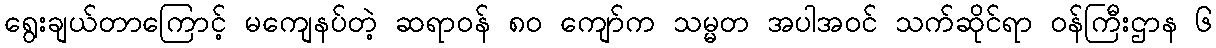
ရွေးချယ်တာကြောင့် မကျေနပ်တဲ့ ဆရာဝန် ၈၀ ကျော်က သမ္မတ အပါအဝင် သက်ဆိုင်ရာ ဝန်ကြီးဌာန ၆